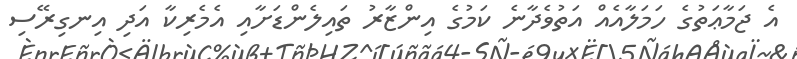
އެ ޖަމާޢަތުގެ ހަމަލާއެއް އަތުވެދާނެ ކަމުގެ އިންޒާރު ތައިލެންޑަށާއި އެމެރިކާ އަދި އިނގިރޭސި